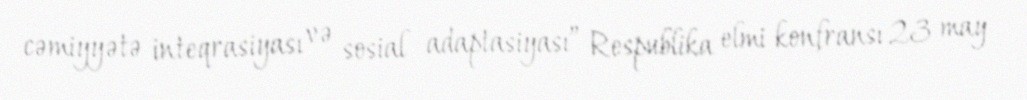
cəmiyyətə inteqrasiyası və sosial adaptasiyası” Respublika elmi konfransı 23 may